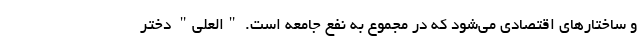
و ساختارهای اقتصادی می‌شود که در مجموع به نفع جامعه است. "العلی" دختر